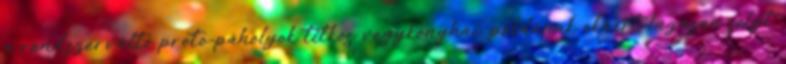
a rendszerváltó proto-páholyok titkos vegykonyhái, példának okáért lázasan folyt